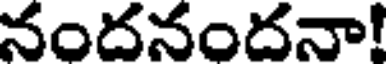
నందనందనా!